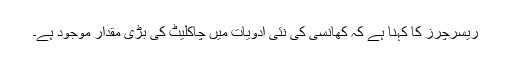
ریسرچرز کا کہنا ہے کہ کھانسی کی نئی ادویات میں چاکلیٹ کی بڑی مقدار موجود ہے۔